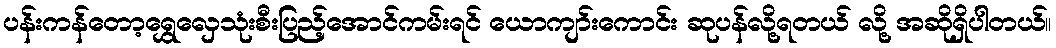
ပန်းကန်တော့ရွှေလှေသုံးစီးပြည့်အောင်ကမ်းရင် ယောကျာ်းကောင်း ဆုပန်လို့ရတယ် လို့ အဆိုရှိပါတယ်။